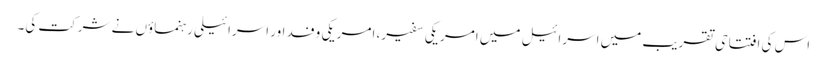
اس کی افتتاحی تقریب میں اسرائیل میں امریکی سفیر، امریکی وفد اور اسرائیلی رہنماؤں نے شرکت کی۔